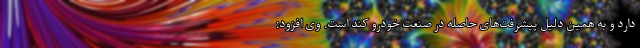
دارد و به همین دلیل پیشرفت‌های حاصله در صنعت خودرو کند است. وی افزود: